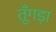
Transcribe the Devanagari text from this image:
तूँगड़ा